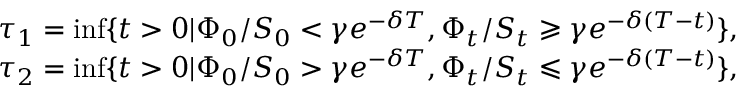
\begin{array} { r l r } & { } & { \tau _ { 1 } = \operatorname* { i n f } \{ t > 0 | \Phi _ { 0 } / S _ { 0 } < \gamma e ^ { - \delta T } , \Phi _ { t } / S _ { t } \geqslant \gamma e ^ { - \delta ( T - t ) } \} , } \\ & { } & { \tau _ { 2 } = \operatorname* { i n f } \{ t > 0 | \Phi _ { 0 } / S _ { 0 } > \gamma e ^ { - \delta T } , \Phi _ { t } / S _ { t } \leqslant \gamma e ^ { - \delta ( T - t ) } \} , } \end{array}